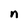
Character: n